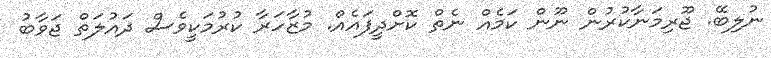
ނުލިބޭ. ޖޫރިމަނާކުރުން ނޫން ކަމެއް ނެތް ކޮށްދީފައެއް. މުޒާހަރާ ކުރުމަކީވެސް ދައުލަތް ޖަވާބު